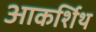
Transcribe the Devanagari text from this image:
आकर्शिथ